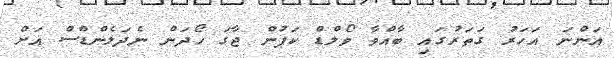
އަންނަ އަހަރު ގަތަރުގައި ބާއްވާ ވޯލްޑް ކަޕުން ޖާގަ ހޯދަން ނެދަލެންޑްސް އަށް